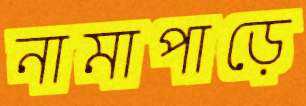
নামাপাড়ে